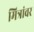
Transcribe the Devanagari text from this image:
मित्रांवर